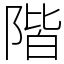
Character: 階